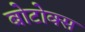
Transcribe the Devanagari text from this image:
बोटोक्स